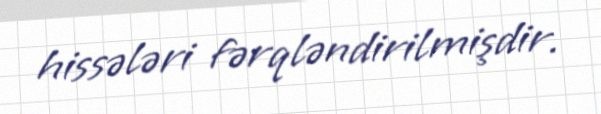
hissələri fərqləndirilmişdir.